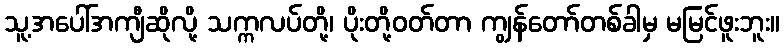
သူ့အပေါ်အကျီဆိုလို့ သက္ကလပ်တို့၊ ပိုးတို့ဝတ်တာ ကျွန်တော်တစ်ခါမှ မမြင်ဖူးဘူး။